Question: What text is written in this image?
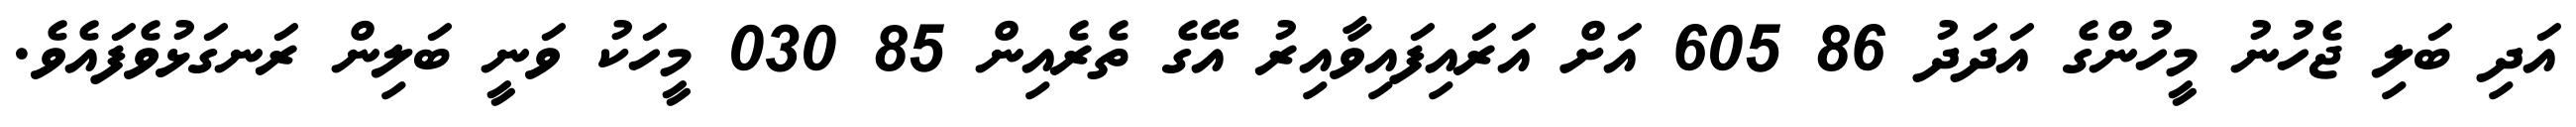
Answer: އަދި ބަލި ޖެހުނު މީހުންގެ އަދަދު 86 605 އަށް އަރައިފައިވާއިރު އޭގެ ތެރެއިން 85 030 މީހަކު ވަނީ ބަލިން ރަނގަޅުވެފައެވެ.